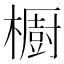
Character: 櫉